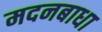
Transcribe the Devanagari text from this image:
मदनबाधा